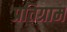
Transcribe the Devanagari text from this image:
प्रतिग्राम